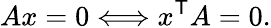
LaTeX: Ax=0\Longleftrightarrow x^{\mathsf{T}}A=0.